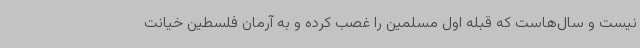
نیست و سال‌هاست که قبله اول مسلمین را غصب کرده و به آرمان فلسطین خیانت